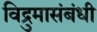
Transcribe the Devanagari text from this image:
विद्रुमासंबंधी